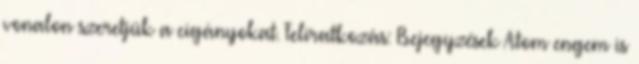
vonalon szeretjük a cigányokat. Feliratkozás: Bejegyzések Atom engem is